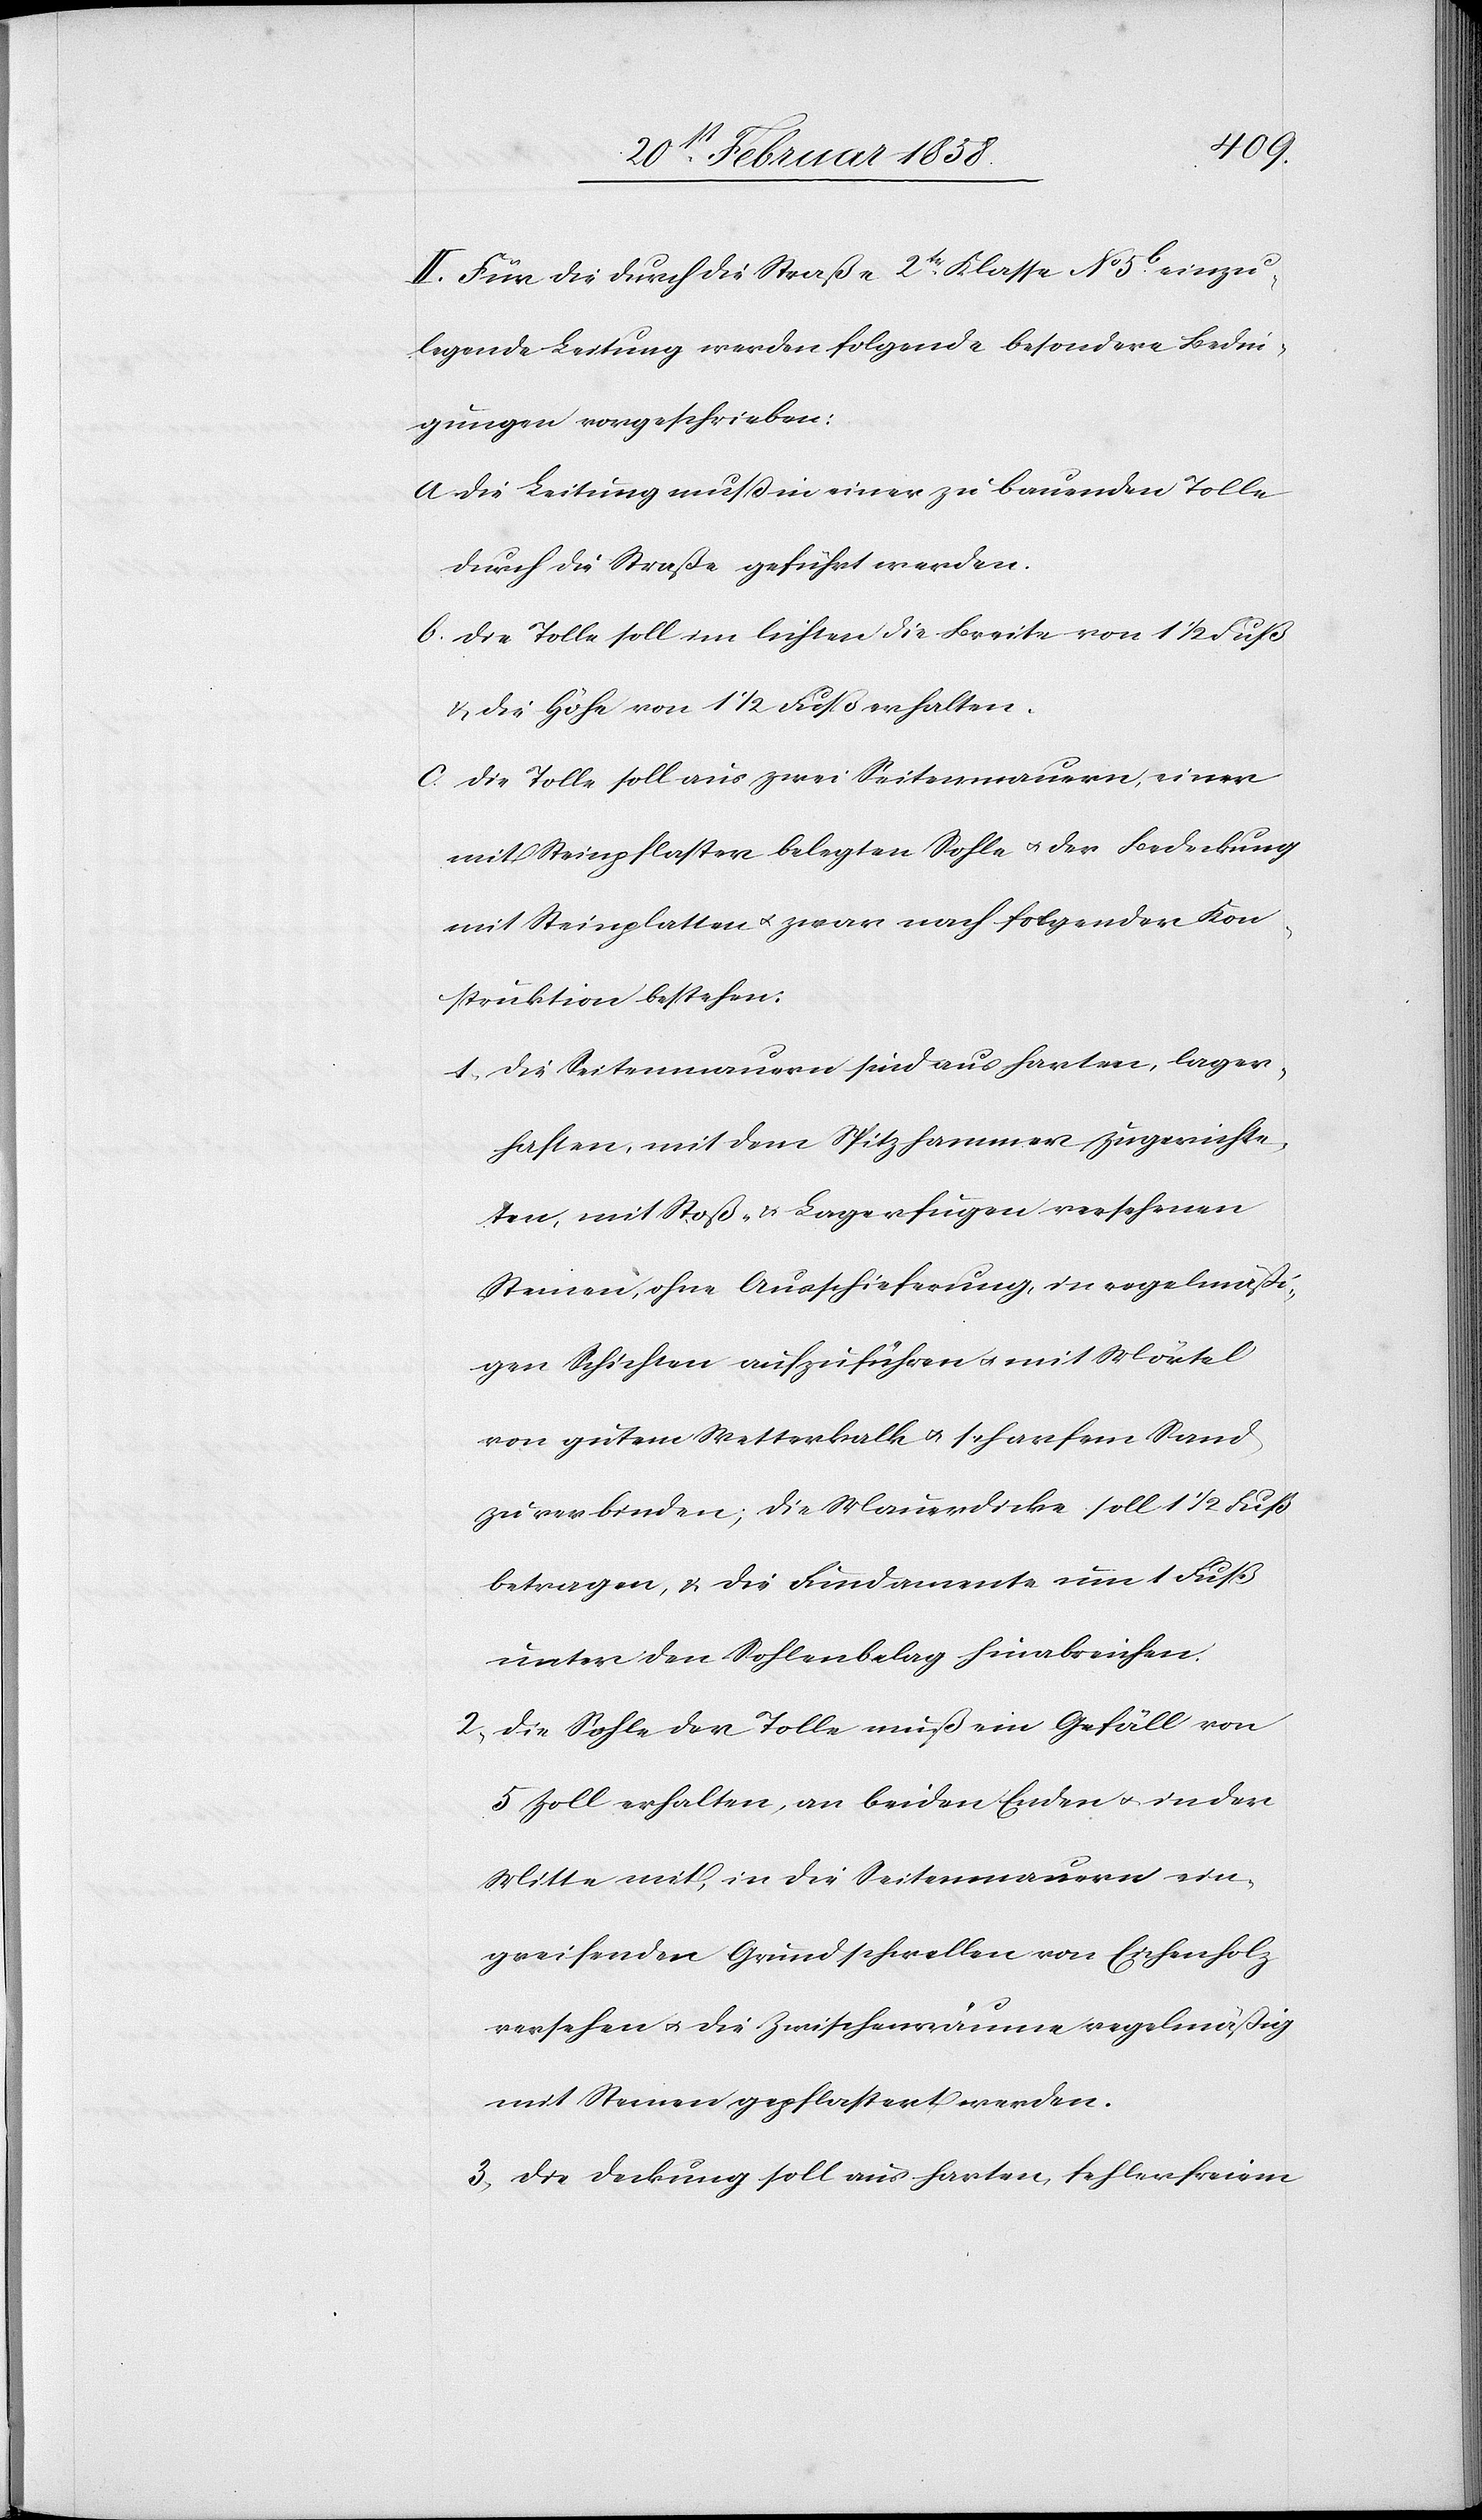
II. Für die durch die Straße 2tr Klasse No 5b einzu¬
legende Leitung werden folgende besondere Bedin¬
gungen vorgeschrieben:
a. Die Leitung muß in einer zu bauenden Tolle
durch die Straße geführt werden.
b. Die Tolle soll im lichten die Breite von 1 ½ Fuß
u. die Höhe von 1 ½ Fuß erhalten.
c. Die Tolle soll aus zwei Seitenmauern, einer
mit Steinpflaster belegten Sohle u. der Bedeckung
mit Steinplatten u. zwar nach folgender Kon¬
struktion bestehen:
1. Die Seitenmauern sind aus harten, lager¬
haften, mit dem Spitzhammer zugerichte¬
ten, mit Stoß- u. Lagerfugen versehenen
Steinen, ohne Ausschieferung, in regelmäßi¬
gen Schichten aufzuführen u. mit Mörtel
von gutem Wetterkalk u. scharfem Sand
zu verbinden; die Mauerdicke soll 1 ½ Fuß
betragen, u. die Fundamente um 1 Fuß
unter den Sohlenbelag hinabreichen.
2. Die Sohle der Tolle muß ein Gefäll von
5 Zoll erhalten, an beiden Enden u. in der
Mitte mit, in die Seitenmauern ein¬
greifenden Grundschwellen von Eichenholz
versehen u. die Zwischenräume regelmäßig
mit Steinen gepflastert werden.
3. Die Deckung soll aus harten, fehlerfreiem